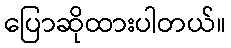
ပြောဆိုထားပါတယ်။